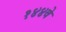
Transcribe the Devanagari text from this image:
१४४वे